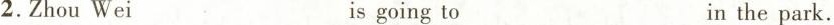
2.Zhou Wei is going to in the park.